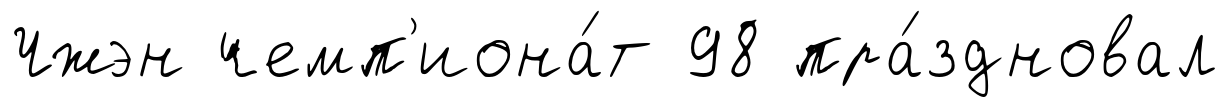
Чжэн чемп'иона́т 98 пра́здновал